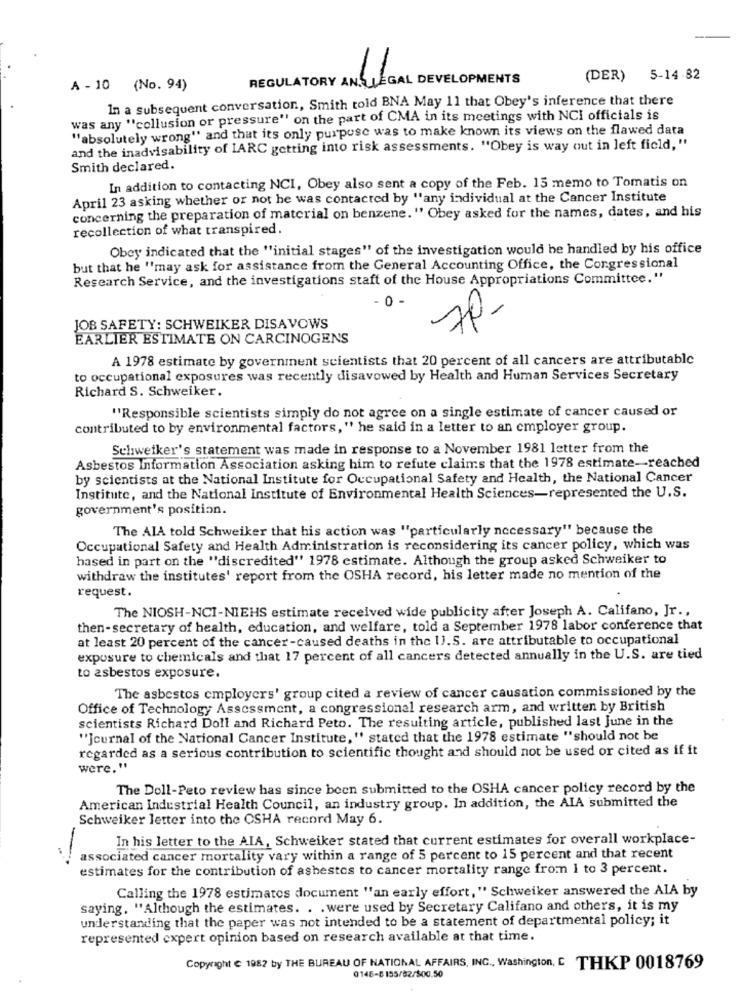
REGULATORY AN. LEGAL DEVELOPMENTS
(DER) 5-14 82
A - 10 (No. 94)
In a subsequent conversation, Smith told BNA May 11 that Obey's inference that there
was any "collusion or pressure" on the part of CMA in its meetings with NCI officials is
"absolutely wrong" and that its only purpose was to make known its views on the flawed data
and the inadvisability of IARC getting into risk assessments. "Obey is way out in left field,"
Smith declared.
In addition to contacting NCI, Obey also sent a copy of the Feb. 15 memo to Tomatis on
April 23 asking whether or not he was contacted by "any individual at the Cancer Institute
concerning the preparation of material on benzene. " Obey asked for the names, dates, and his
recollection of what transpired.
Obey indicated that the "initial stages" of the investigation would be handled by his office
but that he "may ask for assistance from the General Accounting Office, the Congressional
Research Service, and the investigations staft of the House Appropriations Committee."
0 -
70-
JOB SAFETY: SCHWEIKER DISAVOWS
EARLIER ESTIMATE ON CARCINOGENS
A 1978 estimate by government scientists that 20 percent of all cancers are attributable
to occupational exposures was recently disavowed by Health and Human Services Secretary
Richard S. Schweiker.
"Responsible scientists simply do not agree on a single estimate of cancer caused or
contributed to by environmental factors, " he said in a letter to an employer group.
Schweiker's statement was made in response to a November 1981 letter from the
Asbestos Information Association asking him to refute claims that the 1978 estimate-reached
by scientists at the National Institute for Occupational Safety and Health, the National Cancer
Institute, and the National Institute of Environmental Health Sciences-represented the U.S.
government's position.
The AlA told Schweiker that his action was "particularly necessary" because the
Occupational Safety and Health Administration is reconsidering its cancer policy, which was
hased in part on the "discredited" 1978 estimate. Although the group asked Schweiker to
withdraw the institutes' report from the OSHA record, his letter made no mention of the
request.
The NIOSH-NCI-NIEHS estimate received wide publicity after Joseph A. Califano, Jr .,
then-secretary of health, education, and welfare, told a September 1978 labor conference that
at least 20 percent of the cancer-caused deaths in the U.S. are attributable to occupational
exposure to chemicals and that 17 percent of all cancers detected annually in the U.S. are tied
to asbestos exposure.
The asbestos employers' group cited a review of cancer causation commissioned by the
Office of Technology Assessment, a congressional research arm, and written by British
scientists Richard Doll and Richard Peto. The resulting article, published last June in the
"Journal of the National Cancer Institute, " stated that the 1978 estimate "should not be
regarded as a serious contribution to scientific thought and should not be used or cited as if it
were."
The Doll-Peto review has since been submitted to the OSHA cancer policy record by the
American Industrial Health Council, an industry group. In addition, the AIA submitted the
Schweiker letter into the OSHA record May 6.
In his letter to the AIA, Schweiker stated that current estimates for overall workplace-
-
associated cancer mortality vary within a range of 5 percent to 15 percent and that recent
estimates for the contribution of ashestos to cancer mortality range from 1 to 3 percent.
Calling the 1978 estimates document "an early effort, " Schweiker answered the ALA by
saying. "Although the estimates. . . were used by Secretary Califano and others, it is my
understanding that the paper was not intended to be a statement of departmental policy; it
represented expert opinion based on research available at that time.
Copyright & 1982 by THE BUREAU OF NATIONAL AFFAIRS, INC ., Washington, C THKP 0018769
0146-8 155/82/500.50